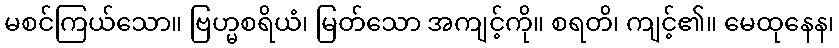
မစင်ကြယ်သော။ ဗြဟ္မစရိယံ၊ မြတ်သော အကျင့်ကို။ စရတိ၊ ကျင့်၏။ မေထုနေန၊